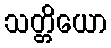
သတ္တိယော